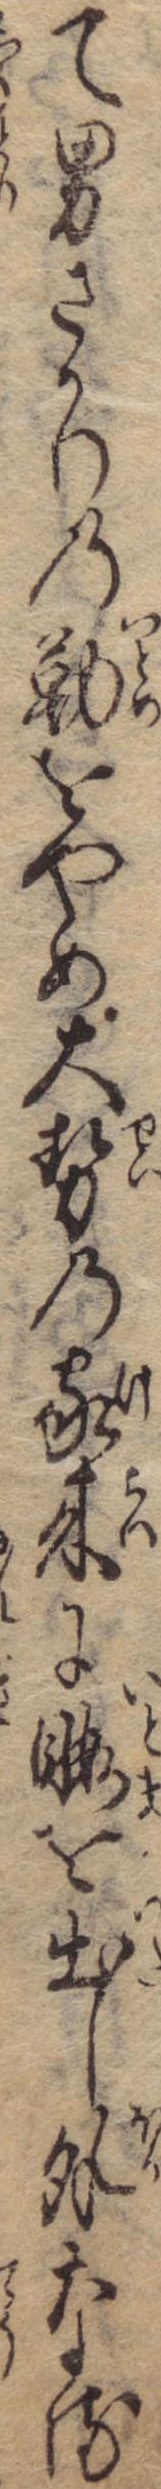
て男ざかりの勤をやめ大勢の家来に暇を出し外なる